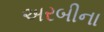
અરબીના